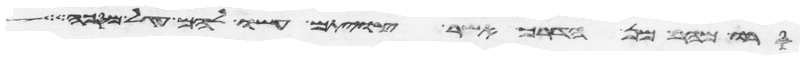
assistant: סרו מהר מן הדרך אשר צויתם עשו להם עגל מסכה